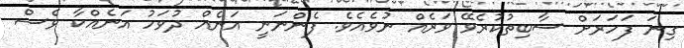
ގިނަ ފަހަރަށް ސާބިތުކުރެވޭ ވަރެއް ނުވެއެވެ. ފެންނަނީ އަނެއް ދުވަހު އަނެއްކާ ވެސް